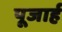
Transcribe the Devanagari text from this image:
पूजार्ह